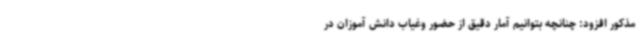
مذکور افزود: چنانچه بتوانیم آمار دقیق از حضور وغیاب دانش آموزان در